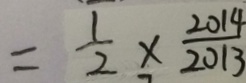
= \frac { 1 } { 2 } \times \frac { 2 0 1 4 } { 2 0 1 3 }